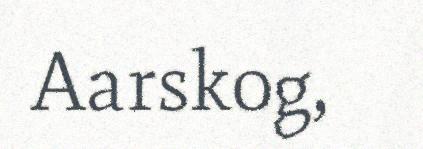
Aarskog,